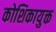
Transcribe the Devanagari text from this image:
कोशिकायुक्त